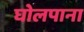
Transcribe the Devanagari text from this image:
घोलपाना